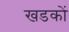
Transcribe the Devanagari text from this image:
खडकों